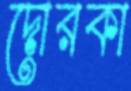
দোরকা